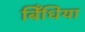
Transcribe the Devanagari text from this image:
बिँधिया